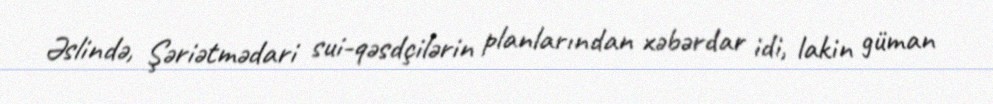
Əslində, Şəriətmədari sui-qəsdçilərin planlarından xəbərdar idi, lakin güman